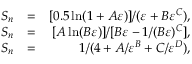
\begin{array} { r l r } { S _ { n } } & { = } & { [ 0 . 5 \ln ( 1 + A \varepsilon ) ] / ( \varepsilon + B \varepsilon ^ { C } ) , } \\ { S _ { n } } & { = } & { [ A \ln ( B \varepsilon ) ] / [ B \varepsilon - 1 / ( B \varepsilon ) ^ { C } ] , } \\ { S _ { n } } & { = } & { 1 / ( 4 + A / \varepsilon ^ { B } + C / \varepsilon ^ { D } ) , } \end{array}